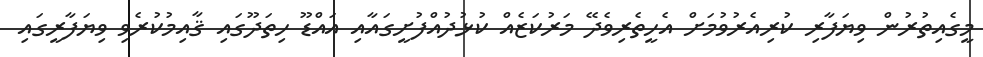
މީގެއިތުރުން ވިޔަފާރި ކުރިއެރުވުމަށް އެހީތެރިވެދޭ މަރުކަޒެއް ކުޅުދުއްފުށީގައާއި އައްޑޫ ހިތަދޫގައި ޤާއިމުކުރެވި ވިޔަފާރީގައި